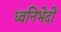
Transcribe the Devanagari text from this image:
ध्वनिभेदों